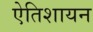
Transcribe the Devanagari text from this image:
ऐतिशायन